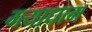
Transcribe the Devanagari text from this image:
गयाधाम